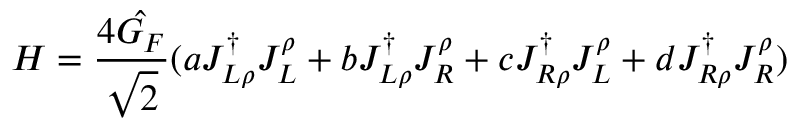
H = \frac { 4 \hat { G _ { F } } } { \sqrt { 2 } } ( a J _ { L \rho } ^ { \dagger } J _ { L } ^ { \rho } + b J _ { L \rho } ^ { \dagger } J _ { R } ^ { \rho } + c J _ { R \rho } ^ { \dagger } J _ { L } ^ { \rho } + d J _ { R \rho } ^ { \dagger } J _ { R } ^ { \rho } )